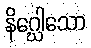
နိဂ္ဃေါသော